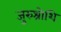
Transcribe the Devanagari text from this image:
जुरुश्रोशि